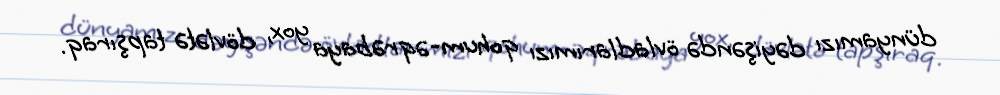
dünyamızı dəyişəndə övladlarımızı qohum-əqrəbaya yox, dövlətə tapşıraq.